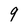
Character: 9